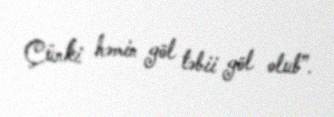
Çünki həmin göl təbii göl olub”.